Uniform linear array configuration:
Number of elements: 24
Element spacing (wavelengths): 1
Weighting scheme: hann
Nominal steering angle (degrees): -60
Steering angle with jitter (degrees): -59.427
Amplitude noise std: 0.05
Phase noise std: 0.05

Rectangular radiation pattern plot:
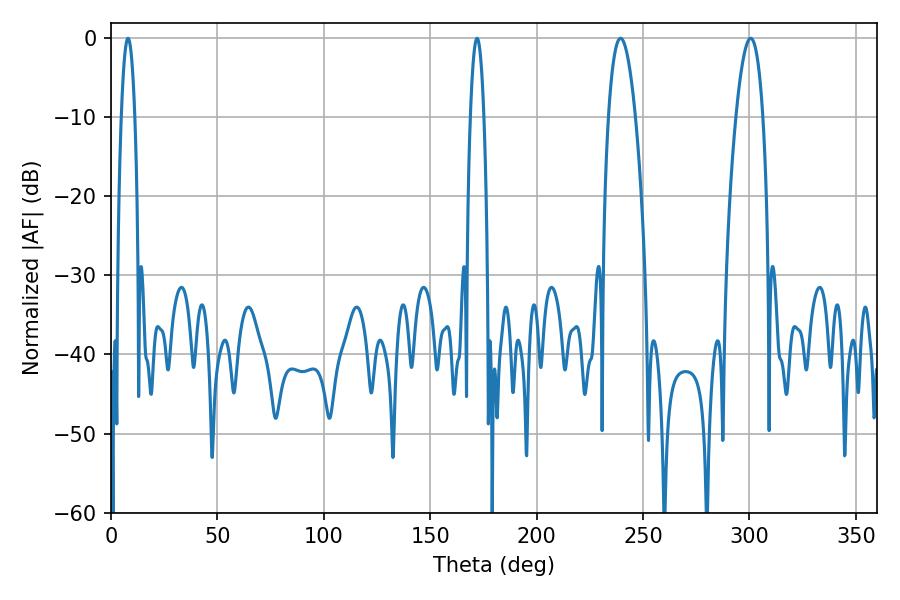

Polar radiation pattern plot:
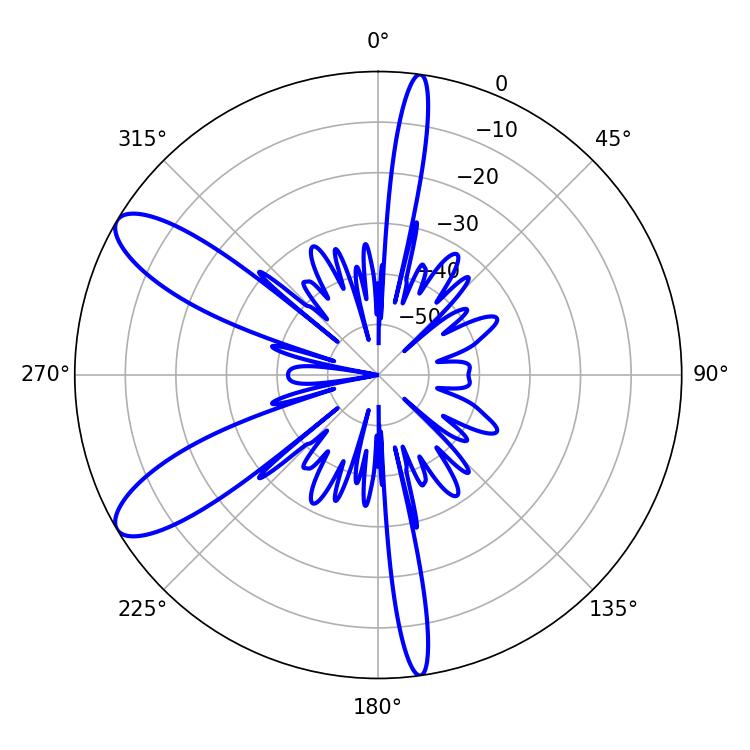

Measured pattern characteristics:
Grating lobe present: TRUE
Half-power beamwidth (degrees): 7.02
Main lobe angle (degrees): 239.4